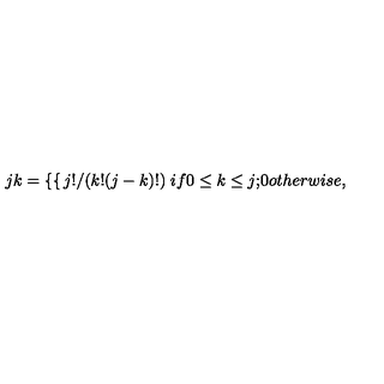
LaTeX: { \binom { j } { k } } = \left\{ \begin{cases} { j ! / ( k ! ( j - k ) ! ) } & { i f 0 \le k \le j ; } \\ { 0 } & { o t h e r w i s e , } \\ \end{cases} \right.